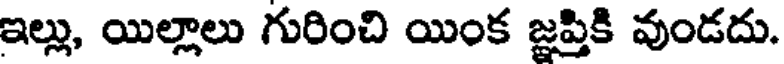
ఇల్లు, యిల్లాలు గురించి యింక జ్ఞప్తికి వుండదు.